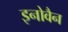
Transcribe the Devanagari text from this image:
इनोवैन